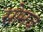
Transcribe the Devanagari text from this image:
सोमज